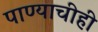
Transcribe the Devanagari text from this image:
पाण्याचीही